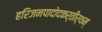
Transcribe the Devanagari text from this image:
हरिजनपादोदकर्तीर्थम्‌